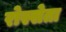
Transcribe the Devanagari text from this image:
रोस्सेता